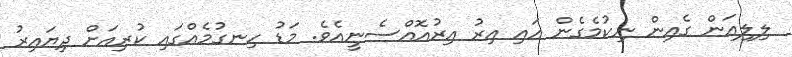
ލިލިއަން ގެއިން ނިކުމެގެން އައި އިރު އިރުއޮއްސެނީއެވެ. މަޑު ހިނގުމެއްގައި ކުރިއަށް ދިޔައިރު